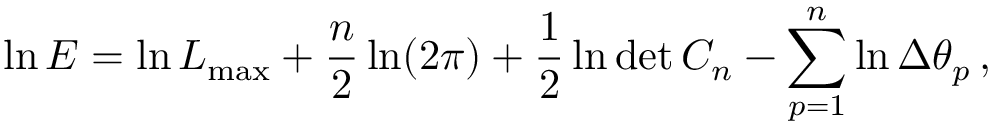
\ln E = \ln { \cal L } _ { \mathrm { m a x } } + { \frac { n } { 2 } } \ln ( 2 \pi ) + { \frac { 1 } { 2 } } \ln \operatorname* { d e t } C _ { n } - \sum _ { p = 1 } ^ { n } \ln \Delta \theta _ { p } \, ,